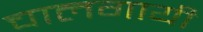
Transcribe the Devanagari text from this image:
चालगायी